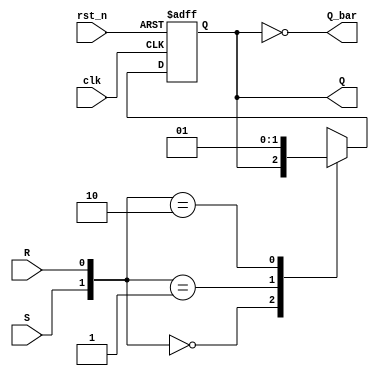
module SR_FF(clk,rst_n,S,R,Q,Q_bar);

input      clk;
input      rst_n;
input      S;
input      R;
output reg Q;
output     Q_bar;

always@(posedge clk, negedge rst_n) 
begin
    if(!rst_n) 
        Q <= 0;
    else 
    begin
      case({S,R})
        2'b00: Q <= Q;    // No change
        2'b01: Q <= 1'b0; // reset
        2'b10: Q <= 1'b1; // set
        2'b11: Q <= 1'bx; // Invalid inputs
      endcase
    end
end

assign Q_bar = ~Q;

endmodule